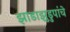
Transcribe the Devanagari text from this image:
झाडाझुडुपांचे